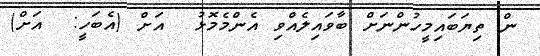
ން ތިޔަބައިމީހުންނަށް ބާވައިލެއްވި އެންމެމޮޅު  އަށް (އެބަހީ:  އަށް)